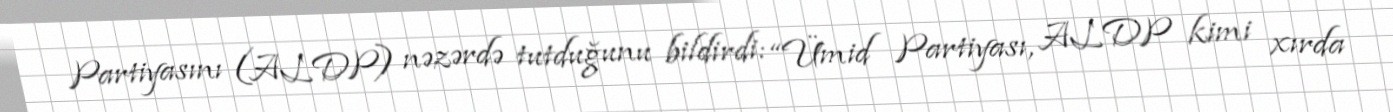
Partiyasını (ALDP) nəzərdə tutduğunu bildirdi: “Ümid Partiyası, ALDP kimi xırda